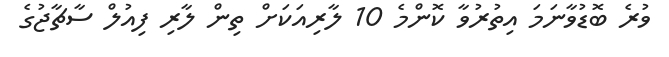
ވުރެ ބޮޑުވާނަމަ އިތުރުވާ ކޮންމެ 10 ލާރިއަކަށް ތިން ލާރި ފިއުލް ސާޗާޖުގެ